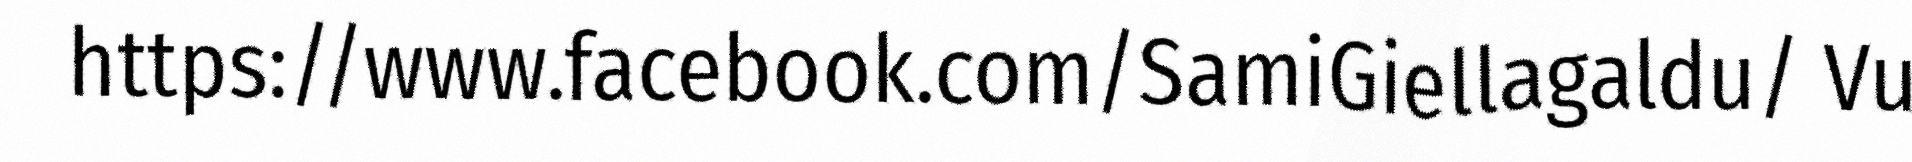
https://www.facebook.com/SamiGiellagaldu/ Vu